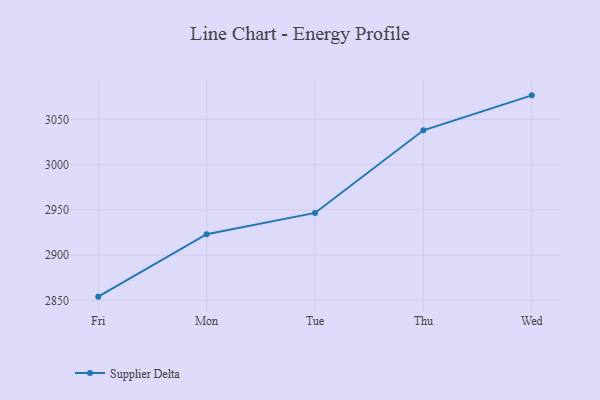
{"axis": {"x": "Day", "y": "Gross Profit (USD K)"}, "legend": ["Supplier Delta"], "data": [{"x": "Fri", "y": 2854.1, "type": "Supplier Delta"}, {"x": "Mon", "y": 2923.1, "type": "Supplier Delta"}, {"x": "Tue", "y": 2946.6, "type": "Supplier Delta"}, {"x": "Thu", "y": 3037.9, "type": "Supplier Delta"}, {"x": "Wed", "y": 3076.5, "type": "Supplier Delta"}]}